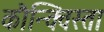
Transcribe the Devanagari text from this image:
कौन्क्विस्ता